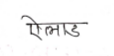
मजकूर: ऐलाड